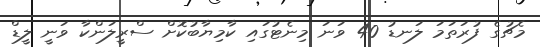
މެޗުގެ ފުރަތަމަ ލަނޑު 40 ވަނަ މިނެޓުގައި ކާމިޔާބުކޮށް ސްރީލަންކާ ވަނީ ލީޑް